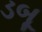
ડબૂ